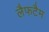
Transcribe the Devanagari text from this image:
लैफटैम